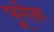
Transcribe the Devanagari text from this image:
पूगेन